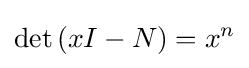
\det \left(xI-N\right)=x^{n}